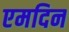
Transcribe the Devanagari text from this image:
एमदिन